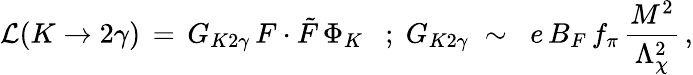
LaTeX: {\cal L}(K\rightarrow 2\gamma)\, =\, G_{K2\gamma}\, F\cdot\tilde{F}\, \Phi_{K}\; \: \; ;\; G_{K2\gamma}\; \sim\; \; e\, B_{F}\, f_{\pi}\, \frac{M^{2}}{\Lambda_{\chi}^{2}}\, ,